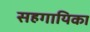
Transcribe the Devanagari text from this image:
सहगायिका